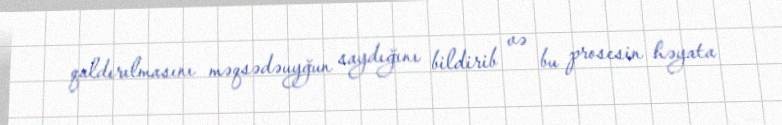
qaldırılmasını məqsədəuyğun saydığını bildirib və bu prosesin həyata